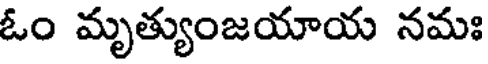
ఓం మృత్యుంజయాయ నమః